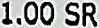
1.00 SR